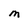
Character: M